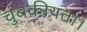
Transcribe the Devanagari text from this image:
चुंबकीयता।